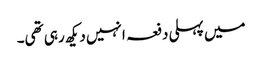
میں پہلی دفعہ انہیں دیکھ رہی تھی۔